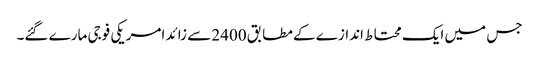
جس میں ایک محتا ط اندازے کے مطابق 2400 سے زائد امریکی فوجی مارے گئے۔